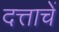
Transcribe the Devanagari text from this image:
दत्ताचें